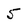
Character: 5